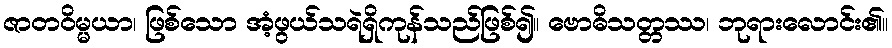
ဇာတဝိမ္မယာ၊ ဖြစ်သော အံ့ဖွယ်သရဲရှိကုန်သည်ဖြစ်၍။ ဗောဓိသတ္တဿ၊ ဘုရားလောင်း၏။